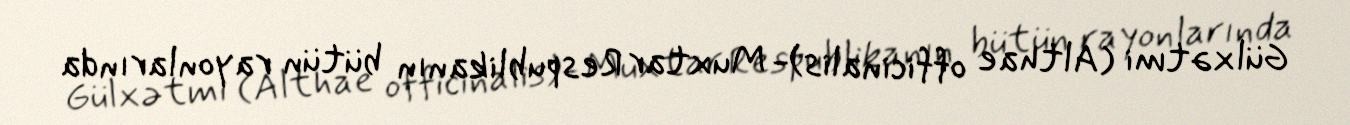
Gülxətmi (Althae officinalis)- Muxtar Respublikanın bütün rayonlarında